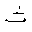
Letter: _tha